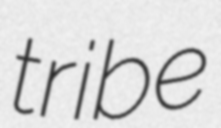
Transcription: tribe